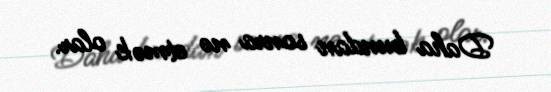
Daha bundan sonra nə etmək olar.